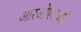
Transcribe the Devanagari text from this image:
आरओएसआई